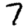
Digit: 7